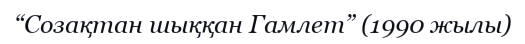
“Созақтан шыққан Гамлет” (1990 жылы)